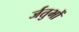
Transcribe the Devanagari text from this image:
र्जतुभों